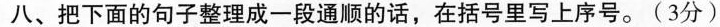
八、把下面的句子整理成一段通顺的话，在括号里写上序号。(3分)